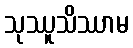
သုဿူသိဿာမ